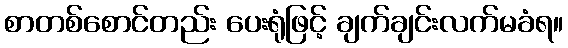
စာတစ်စောင်တည်း ပေးရုံဖြင့် ချက်ချင်းလက်မခံရ။